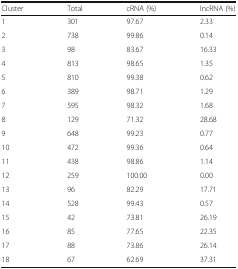
<table><thead><tr><td><b>Cluster</b></td><td><b>Total</b></td><td><b>cRNA (%)</b></td><td><b>IncRNA (%)</b></td></tr></thead><tbody><tr><td>1</td><td>301</td><td>97.67</td><td>2.33</td></tr><tr><td>2</td><td>738</td><td>99.86</td><td>0.14</td></tr><tr><td>3</td><td>98</td><td>83.67</td><td>16.33</td></tr><tr><td>4</td><td>813</td><td>98.65</td><td>1.35</td></tr><tr><td>5</td><td>810</td><td>99.38</td><td>0.62</td></tr><tr><td>6</td><td>389</td><td>98.71</td><td>1.29</td></tr><tr><td>7</td><td>595</td><td>98.32</td><td>1.68</td></tr><tr><td>8</td><td>129</td><td>71.32</td><td>28.68</td></tr><tr><td>9</td><td>648</td><td>99.23</td><td>0.77</td></tr><tr><td>10</td><td>472</td><td>99.36</td><td>0.64</td></tr><tr><td>11</td><td>438</td><td>98.86</td><td>1.14</td></tr><tr><td>12</td><td>259</td><td>100.00</td><td>0.00</td></tr><tr><td>13</td><td>96</td><td>82.29</td><td>17.71</td></tr><tr><td>14</td><td>528</td><td>99.43</td><td>0.57</td></tr><tr><td>15</td><td>42</td><td>73.81</td><td>26.19</td></tr><tr><td>16</td><td>85</td><td>77.65</td><td>22.35</td></tr><tr><td>17</td><td>88</td><td>73.86</td><td>26.14</td></tr><tr><td>18</td><td>67</td><td>62.69</td><td>37.31</td></tr></tbody></table>